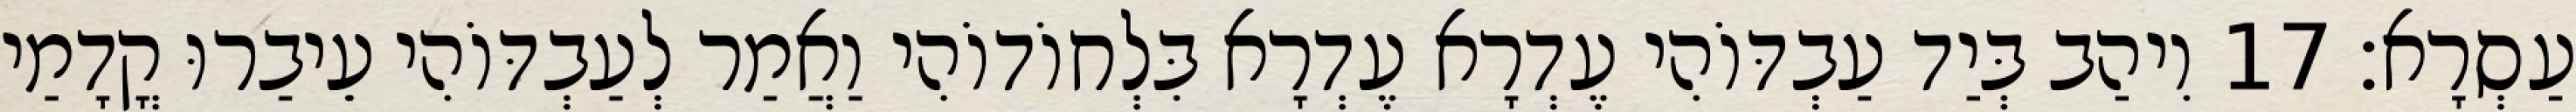
עַסְרָא׃ 17 וִיהַב בְּיַד עַבְדּוֹהִי עֶדְרָא עֶדְרָא בִּלְחוֹדוֹהִי וַאֲמַר לְעַבְדּוֹהִי עֵיבַרוּ קֳדָמַי